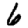
Digit: 6